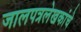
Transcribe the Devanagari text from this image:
जालपत्रलेखकांचे